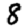
Digit: 8